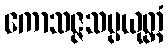
ကောသဇ္ဇသမ္ပယုတ္တံ